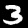
Digit: 3